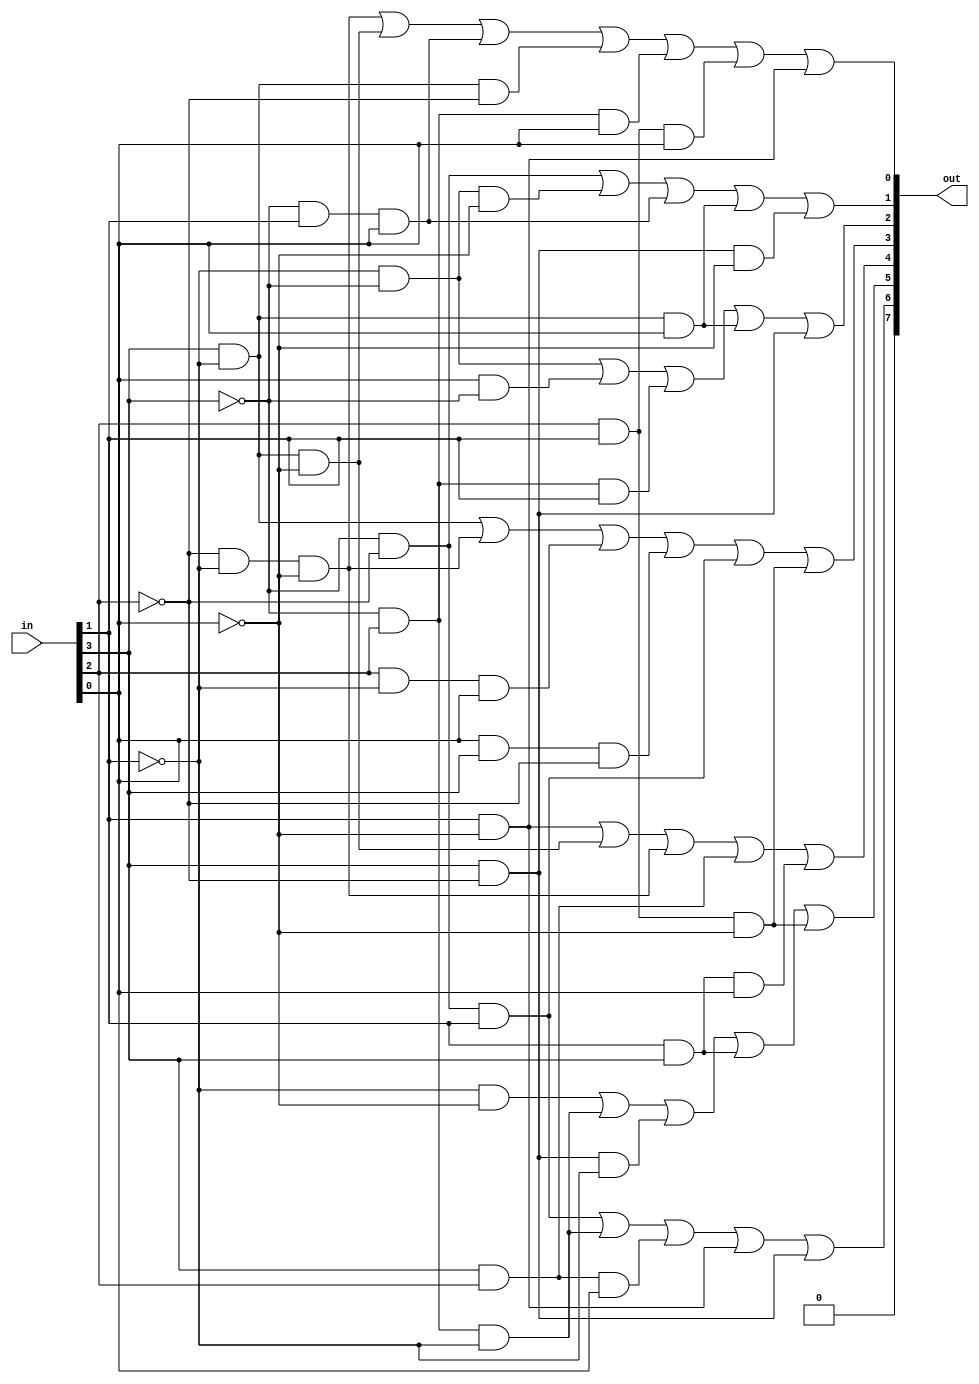
//
//port
//	binary coded decimal 0~15
//port
//	a~h
`ifndef SEVENSEGMENTDISPLAYDECODER_V
	`define SEVENSEGMENTDISPLAYDECODER_V
	`timescale 1ns / 100ps

	module sevenSegmentDisplayDecoder(out, in);
		output [7:0]out;
		input [3:0] in;
		
		//h(currently not used)
		assign out[7] = 0;
		
		//g
		assign out[6] = ~in[3] & ~in[2] & in[1] | 
										~in[3] & in[2] & ~in[1] | 
										in[3] & in[2] & in[0] | 
										in[1] & ~in[0] | 
										in[3] & ~in[2];
		//f
		assign out[5] = ~in[1] & ~in[0] | 
										~in[3] & in[2] & ~in[1] | 
										in[3] & ~in[2] & ~in[1] | 
										in[1] & in[3] | 
										in[2] & in[1] & ~in[0];

		//e
		assign out[4] = in[1] & ~in[0] | 
										in[3] & ~in[1] & ~in[0] | 
										~in[2] & ~in[1] & ~in[0] | 
										in[2] & in[3] | 
										in[3] & in[1] & in[0];
		//d
		assign out[3] = in[3] & ~in[1] | 
										~in[2] & ~in[1] & ~in[0] | 
										in[2] & ~in[1] & in[0] | 
										in[0] & in[3] & ~in[2] | 
										~in[3] & ~in[2] & in[1] | 
										in[2] & in[1] & ~in[0];
		
		//c
		assign out[2] = ~in[1] & ~in[3] | 
										in[0] & ~in[3] | 
										~in[3] & in[2] & in[1] | 
										in[3] & ~in[1] & in[0] | 
										in[3] & ~in[2];
		
		//b
		assign out[1] = ~in[3] & ~in[2] | 
										~in[3] & ~in[1] & ~in[0] | 
										~in[3] & in[1] & in[0] | 
										in[3] & ~in[1] & in[0] | 
										in[3] & ~in[2] & ~in[0];
		
		//a
		assign out[0] = ~in[2] & ~in[1] & ~in[0] | 
										in[3] & ~in[1] & ~in[0] | 
										~in[3] & in[1] & in[0] | 
										~in[1] & in[3] & ~in[2] | 
										~in[3] & in[2] & in[0] | 
										in[2] & in[1] & in[0] | 
										in[1] & ~in[0];
	endmodule
`endif